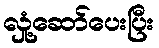
လှုံ့ဆော်ပေးပြီး